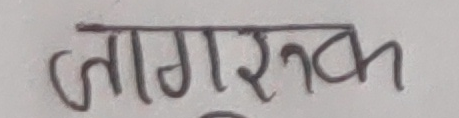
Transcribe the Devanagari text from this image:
जागरुक